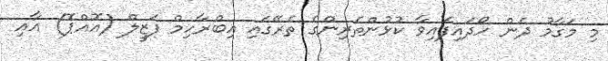
މި މަގާމު ދެން ހޯދައިފައިވާ ކުޅުންތެރިންގެ ތެރޭގައި އިބްރާހިމް ފަޒީލް (އޮއްޕޮ) އާއި